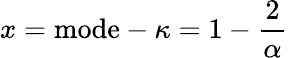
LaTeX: x={\mathrm{mode}}-\kappa=1-{\frac{2}{\alpha}}